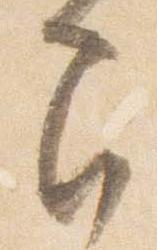
間